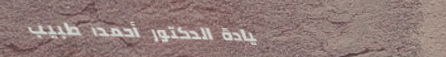
عيادة الدكتور أحمد: طبيب